Scottish Leaving Certificate Examination, 1956
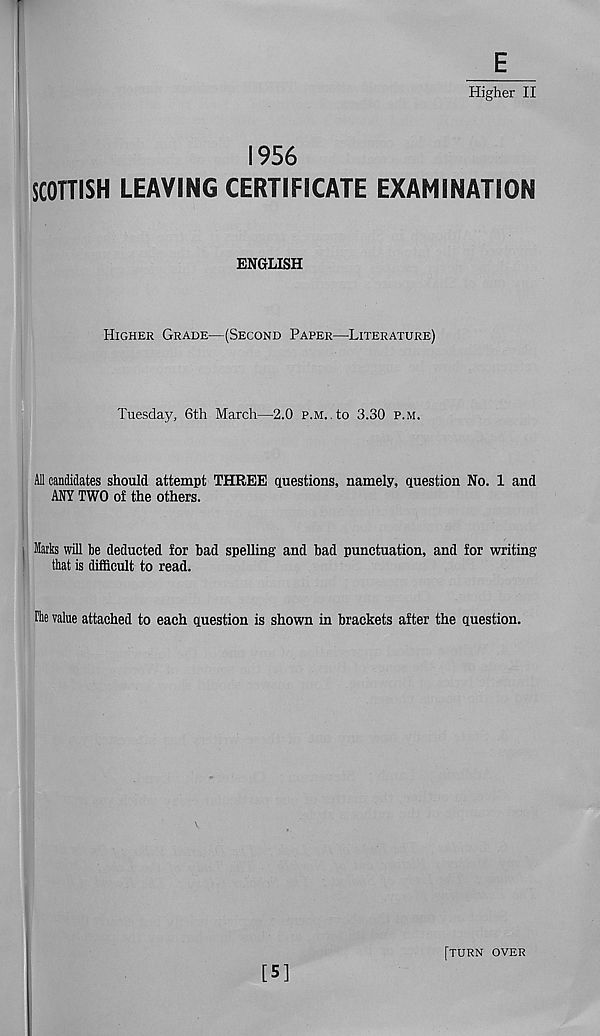
E
Higher II
1956
SCOTTISH LEAVING CERTIFICATE EXAMINATION
ENGLISH
HIGHER GRADE—(SECOND PAPER—LITERATURE)
Tuesday, 6th March—2.0 P.M..to 3.30 P.M.
All candidates should attempt THREE questions, namely, question No. 1 and
ANY TWO of the others.
Marks will be deducted for bad spelling and bad punctuation, and for writing
that is difficult to read.
Phe value attached to each question is shown in brackets after the question.
[5]
[TURN OVER